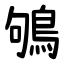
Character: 鴝